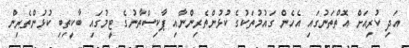
އަދި ކުރިއަށް އޮތްތަނުގައި އެހެން ގައުމުތަކުގެ ކުޅުންތެރިންނާއި ޕާކިސްތާނުގެ ޓީމުގައި ބާކީތިބި ކުޅުންތެރިން